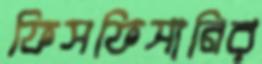
ফিসফিসানির